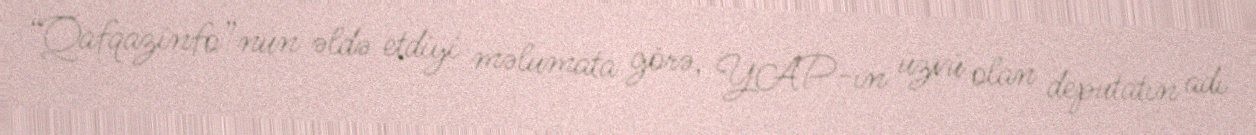
“Qafqazinfo”nun əldə etdiyi məlumata görə, YAP-ın üzvü olan deputatın adı